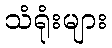
သံရုံးများ